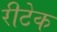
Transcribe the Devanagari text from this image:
रीटेक